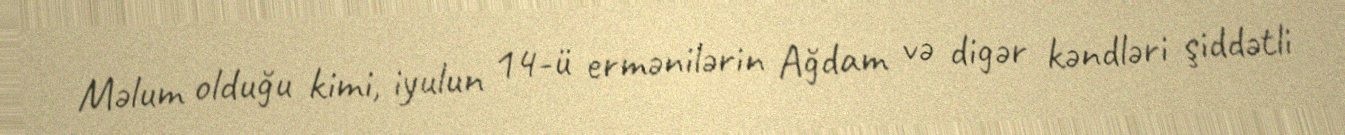
Məlum olduğu kimi, iyulun 14-ü ermənilərin Ağdam və digər kəndləri şiddətli